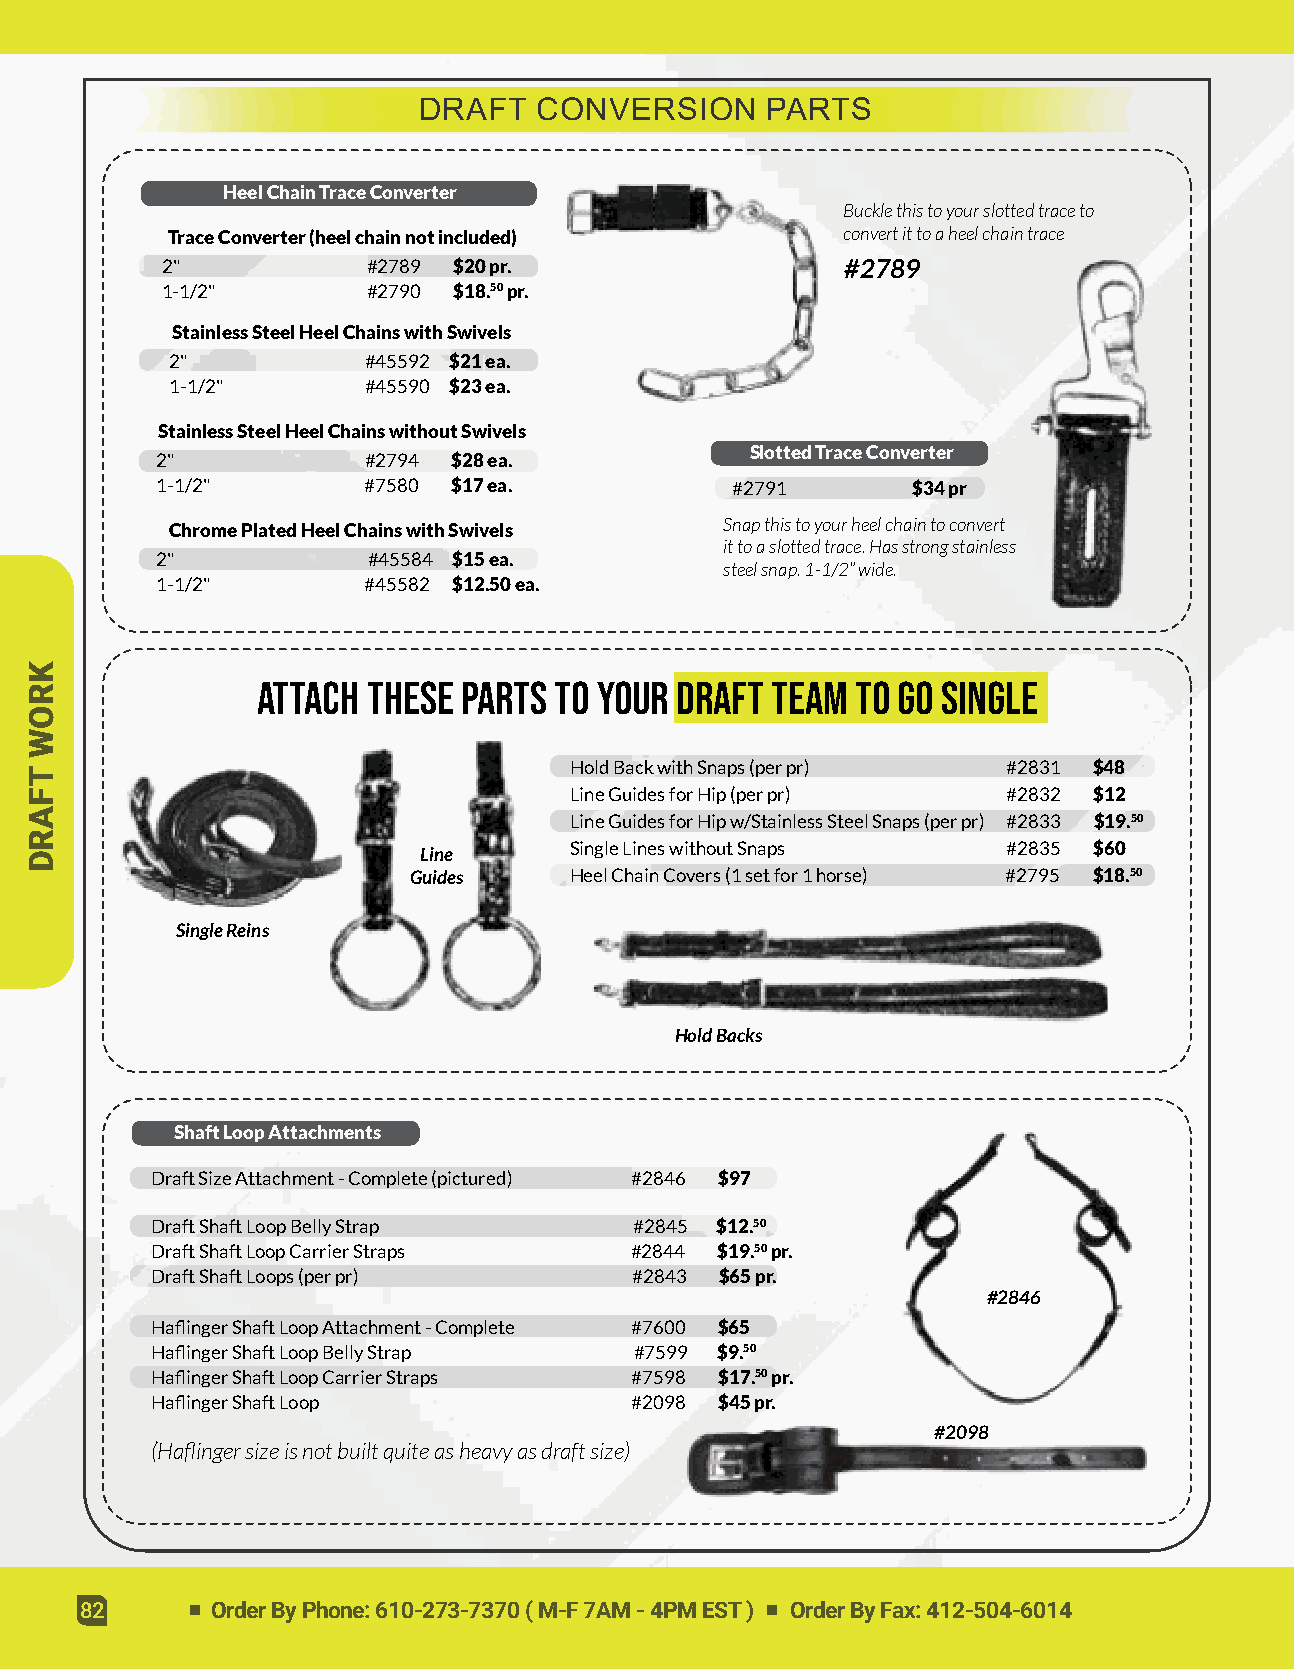
DRAFT   CONVERSION     PARTS
 HeelChainTraceConverter
 Bucklethistoyourslottedtraceto
 TraceConverter(heelchainnotincluded)         convertittoaheelchaintrace
 2"           #2789 $20pr.                    #2789
 1-1/2"       #2790 $18.50pr.
 StainlessSteelHeelChainswithSwivels
 2"           #45592 $21ea.
 1-1/2"       #45590 $23ea.
 StainlessSteelHeelChainswithoutSwivels
 SlottedTraceConverter
 2"            #2794 $28ea.
 1-1/2"        #7580 $17ea.            #2791       $34pr
 Snapthistoyourheelchaintoconvert
 ChromePlatedHeelChainswithSwivels
 ittoaslottedtrace.Hasstrongstainless
 2"            #45584 $15ea.
 steelsnap.1-1/2”wide.
 1-1/2"        #45582 $12.50ea.
 Attach These  Parts to Your Draft Team  to go Single
 HoldBackwithSnaps(perpr)     #2831 $48
 LineGuidesforHip(perpr)      #2832 $12
 LineGuidesforHipw/StainlessSteelSnaps(perpr) #2833 $19.50
 Line      SingleLineswithoutSnaps      #2835 $60
 Guides     HeelChainCovers(1setfor1horse) #2795 $18.50
 SingleReins
 HoldBacks
 ShaftLoopAttachments
 DraftSizeAttachment-Complete(pictured) #2846 $97
 DraftShaftLoopBellyStrap        #2845 $12.50
 DraftShaftLoopCarrierStraps     #2844 $19.50pr.
 DraftShaftLoops(perpr)          #2843 $65pr.
 #2846
 HaflingerShaftLoopAttachment-Complete #7600 $65
 HaflingerShaftLoopBellyStrap    #7599 $9.50
 HaflingerShaftLoopCarrierStraps #7598 $17.50pr.
 HaflingerShaftLoop              #2098 $45pr.
 #2098
 (Haflingersizeisnotbuiltquiteasheavyasdraftsize)
 82       OrderByPhone:610-273-7370(M-F7AM-4PMEST) OrderByFax:412-504-6014
 KROW
 TFARD